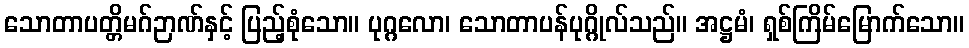
သောတာပတ္တိမဂ်ဉာဏ်နှင့် ပြည့်စုံသော။ ပုဂ္ဂလော၊ သောတာပန်ပုဂ္ဂိုလ်သည်။ အဋ္ဌမံ၊ ရှစ်ကြိမ်မြောက်သော။